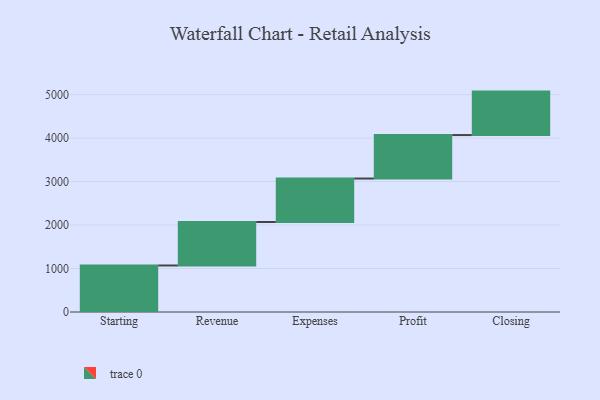
{"axis": {"x": "Step", "y": "Value"}, "legend": [""], "data": [{"x": "Starting", "y": 1070.0, "type": ""}, {"x": "Revenue", "y": 1000, "type": ""}, {"x": "Expenses", "y": 1000, "type": ""}, {"x": "Profit", "y": 1000, "type": ""}, {"x": "Closing", "y": 1000, "type": ""}]}